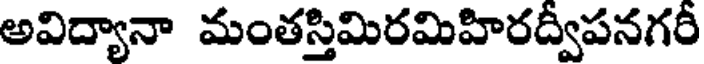
అవిద్యానా మంతస్తిమిరమిహిరద్వీపనగరీ